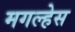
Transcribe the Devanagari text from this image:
मगल्हेस